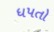
ધપતો